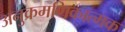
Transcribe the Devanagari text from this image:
अनुक्रमणिकात्मक